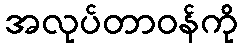
အလုပ်တာဝန်ကို